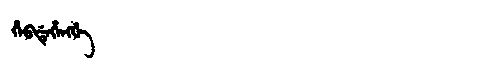
Manchu: ᡥᡝᠪᡩᡝᡥᡝᠩᡤᡝ
Romanization: HEBDEHENGGE